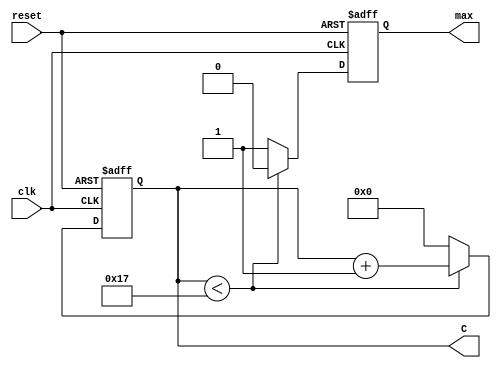
module contador_modulo_M
(
	input clk, reset,
	output reg max,
	output reg [4:0] C
);

parameter M=24;

always @(posedge clk or posedge reset)
	begin
		if (reset)
			begin
				max <= 'b0;
				C <= 5'b00000;
			end
		else if (C < M-1)
			begin
				max <= 'b0;
				C <= C + 1'b1;
			end
		else
			begin
				max <= 'b1;
				C <= 5'b00000;
			end
		end

endmodule